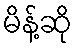
မိန့်ဆို